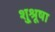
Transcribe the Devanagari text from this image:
शु्श्रूषा